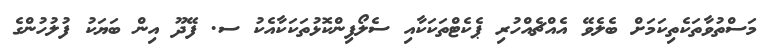
މަސްތުވާތަކެތިކަަމަށް ބެލެވޭ އެއްޗެއްހުރި ޕެކެޓްތަކަކާއި ސެލޯފިންކޮޅުތަކަކާއެކު ސ. ފޭދޫ އިން ބަޔަކު ފުލުހުންގެ